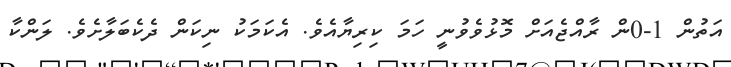
އަތުން 1-0ން ރާއްޖެއަށް މޮޅުވެވުނީ ހަމަ ކިރިޔާއެވެ. އެކަމަކު ނިކަން ދެކެބަލާށެވެ. ލަންކާ